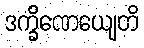
ဒက္ခိဏေယျေတိ